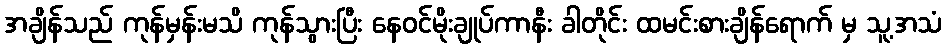
အချိန်သည် ကုန်မှန်းမသိ ကုန်သွားပြီး နေဝင်မိုးချုပ်ကာနီး ခါတိုင်း ထမင်းစားချိန်ရောက် မှ သူ့အသံ